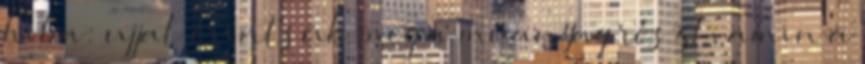
hiba: ujjal érintsük meg a műanyag részt, amin a